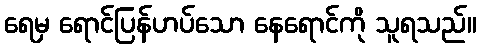
ရေမှ ရောင်ပြန်ဟပ်သော နေရောင်ကို သူရသည်။